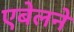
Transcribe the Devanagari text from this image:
एबेलने